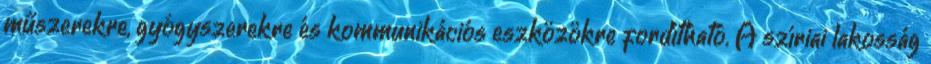
műszerekre, gyógyszerekre és kommunikációs eszközökre fordítható. A szíriai lakosság